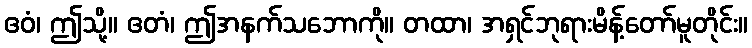
ဧဝံ၊ ဤသို့။ ဧတံ၊ ဤအနက်သဘောကို။ တထာ၊ အရှင်ဘုရားမိန့်တော်မူတိုင်း။